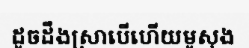
ដូចដឹងស្រាបើហើយមូសុង